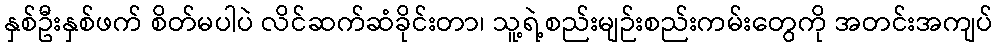
နှစ်ဦးနှစ်ဖက် စိတ်မပါပဲ လိင်ဆက်ဆံခိုင်းတာ၊ သူ့ရဲ့စည်းမျဉ်းစည်းကမ်းတွေကို အတင်းအကျပ်